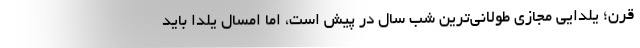
قرن؛ یلدایی مجازی طولانی‌ترین شب سال در پیش است، اما امسال یلدا باید